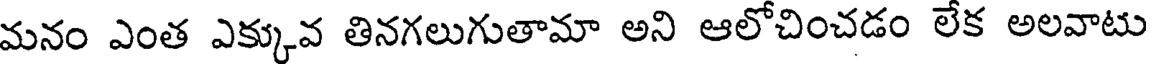
మనం ఎంత ఎక్కువ తినగలుగుతామా అని ఆలోచించడం లేక అలవాటు